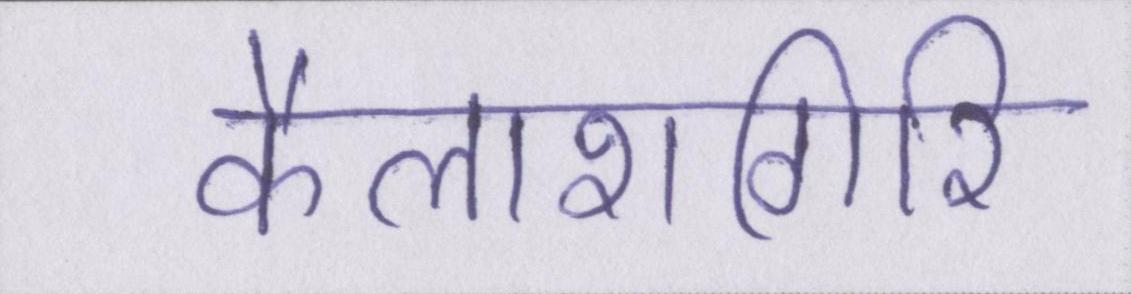
कैलाशगिरि